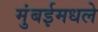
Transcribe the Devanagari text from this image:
मुंबईमधले